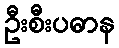
ဦးစီးပဓာန